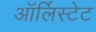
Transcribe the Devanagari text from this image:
ऑर्लिस्टेट